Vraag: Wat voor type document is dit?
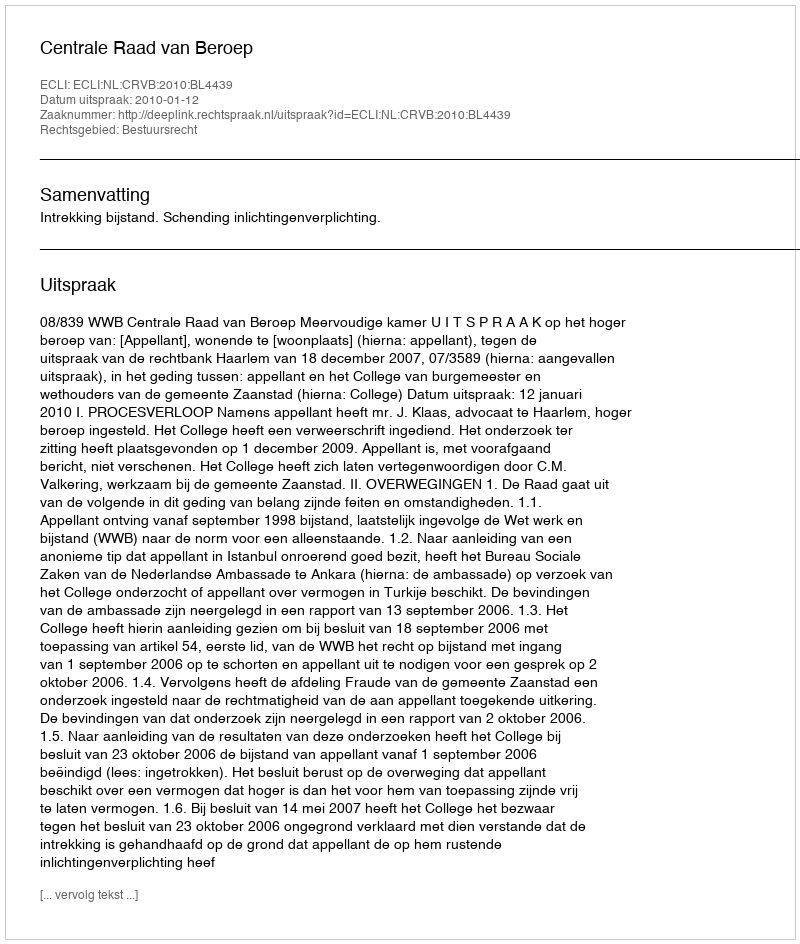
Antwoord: Uitspraak